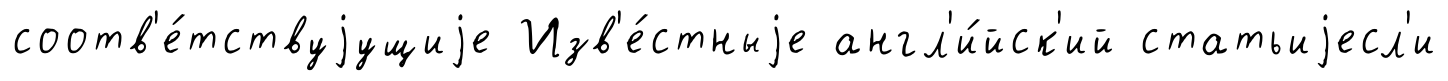
соотв'е́тствуjущиjе Изв'е́стныjе англ'и́йск'ий статьиjесл'и